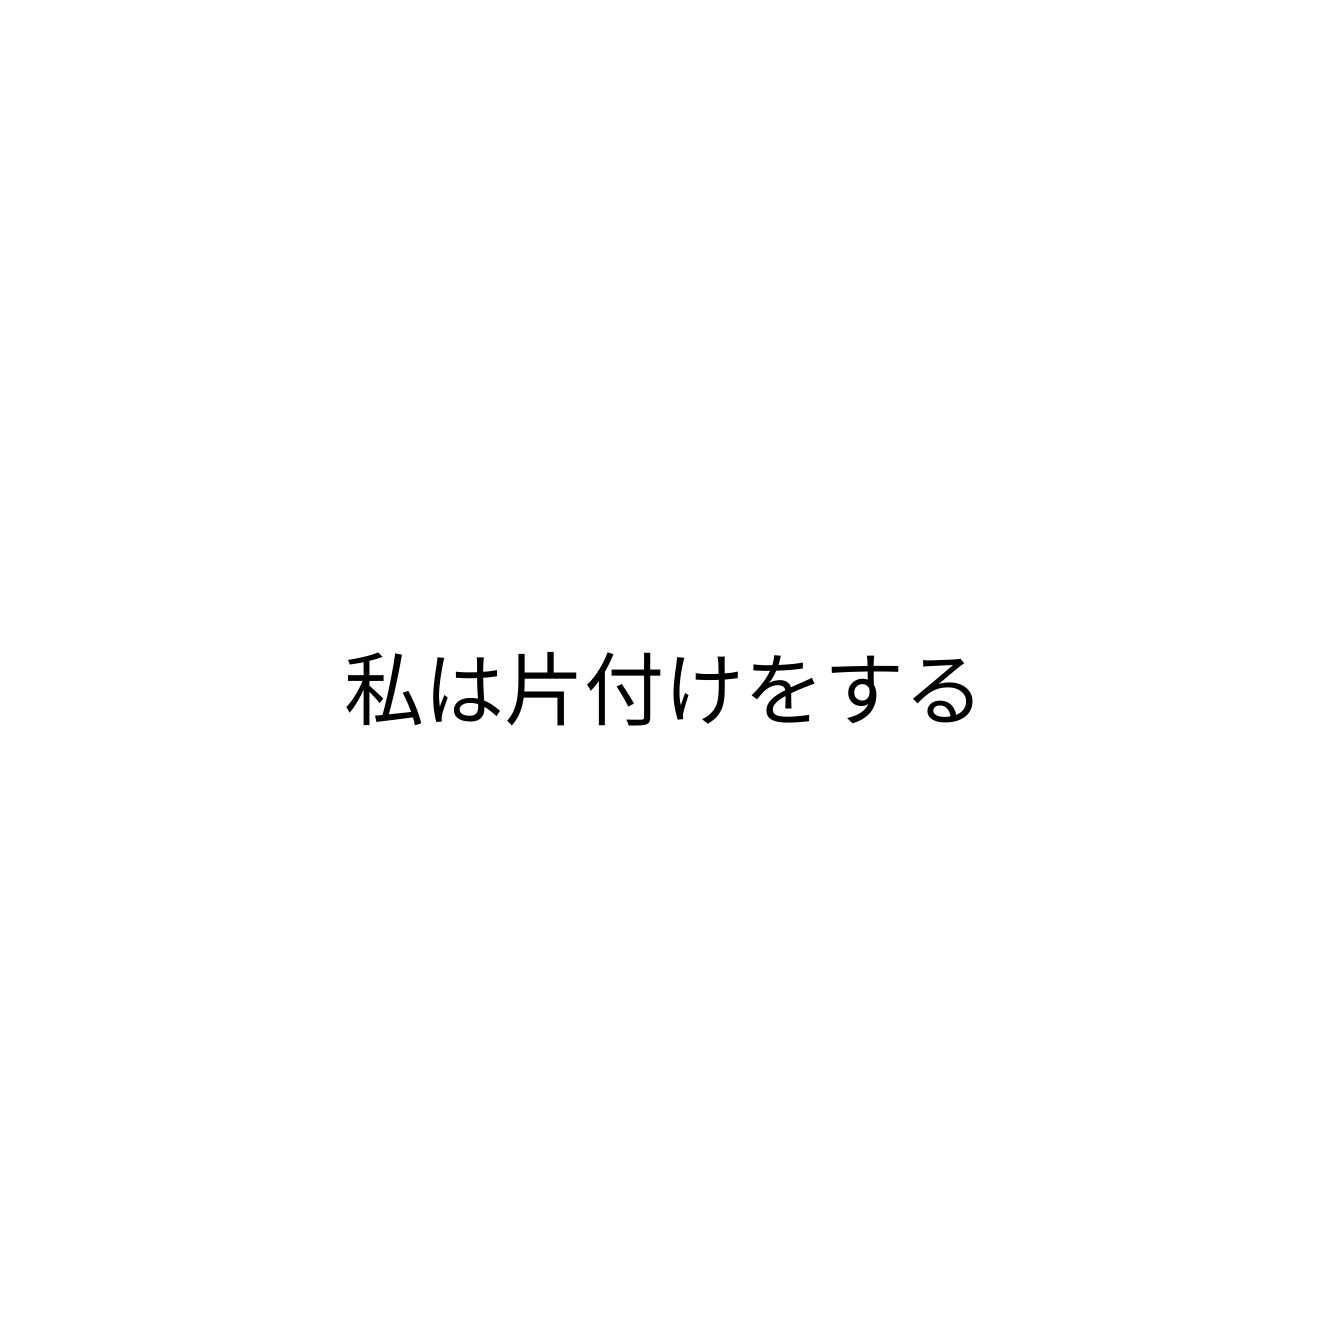
私は片付けをする